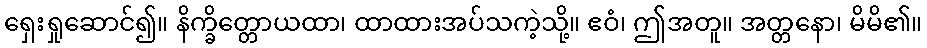
ရှေးရှုဆောင်၍။ နိက္ခိတ္တောယထာ၊ ထာထားအပ်သကဲ့သို့။ ဧဝံ၊ ဤအတူ။ အတ္တနော၊ မိမိ၏။